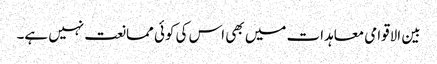
بین الاقوامی معاہدات میں بھی اس کی کوئی ممانعت نہیں ہے۔